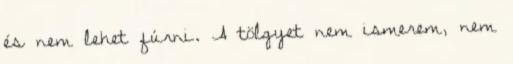
és nem lehet fúrni. A tölgyet nem ismerem, nem